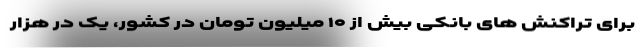
برای تراکنش های بانکی بیش از ۱۰ میلیون تومان در کشور، یک در هزار